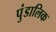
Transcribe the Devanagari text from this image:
पुंडालिक